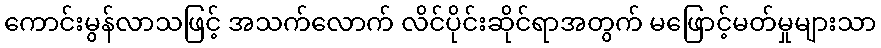
ကောင်းမွန်လာသဖြင့် အသက်လောက် လိင်ပိုင်းဆိုင်ရာအတွက် မဖြောင့်မတ်မှုများသာ